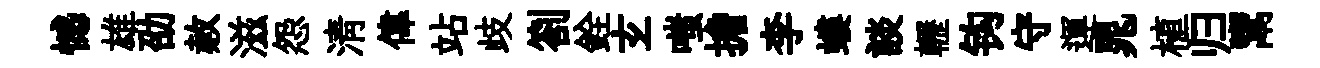
憾雄劭赦滋怨淸偉站歧劄銓𤣥嗤擔李螻談轣钩守運晁植归鬻